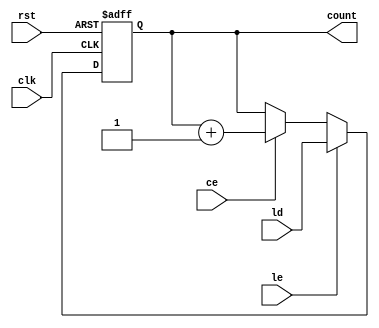
module loadable_counter #(
    parameter WIDTH = 8  // Parameter to define counter width (default 8 bits)
)(
    input wire clk,       // Clock input
    input wire rst,       // Reset input (active high)
    input wire ce,        // Count Enable input
    input wire le,        // Load Enable input
    input wire [WIDTH-1:0] ld, // Load value input
    output reg [WIDTH-1:0] count // Current counter value output
);

// Always block triggered on the rising edge of the clock
always @(posedge clk or posedge rst) begin
    if (rst) begin
        // Reset the counter to zero (or another predefined value)
        count <= {WIDTH{1'b0}};
    end else if (le) begin
        // Load the specified value into the counter
        count <= ld;
    end else if (ce) begin
        // Increment the counter value
        count <= count + 1;
    end
end

endmodule